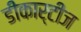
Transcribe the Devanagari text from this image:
डीकार्टीज